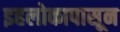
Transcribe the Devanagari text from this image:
इहलोकापासून